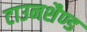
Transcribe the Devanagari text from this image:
टाउनशैण्ड